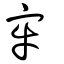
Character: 窂